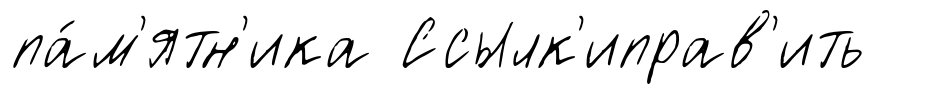
па́м'ятн'ика Ссылк'иправ'ить